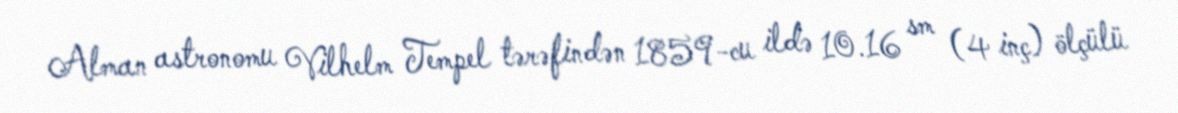
Alman astronomu Vilhelm Tempel tərəfindən 1859-cu ildə 10.16 sm (4 inç) ölçülü